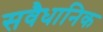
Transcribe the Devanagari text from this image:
सवैधानिक